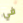
في